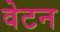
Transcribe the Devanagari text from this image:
वेटन